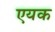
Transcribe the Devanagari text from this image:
एयक